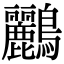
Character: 鸝